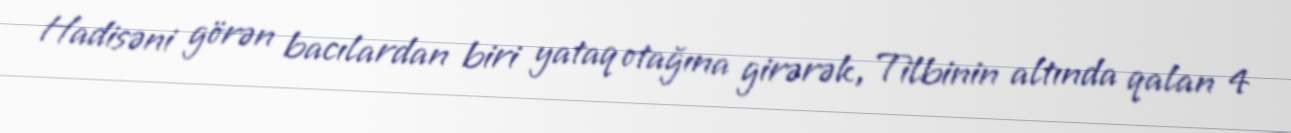
Hadisəni görən bacılardan biri yataq otağına girərək, Tilbinin altında qalan 4